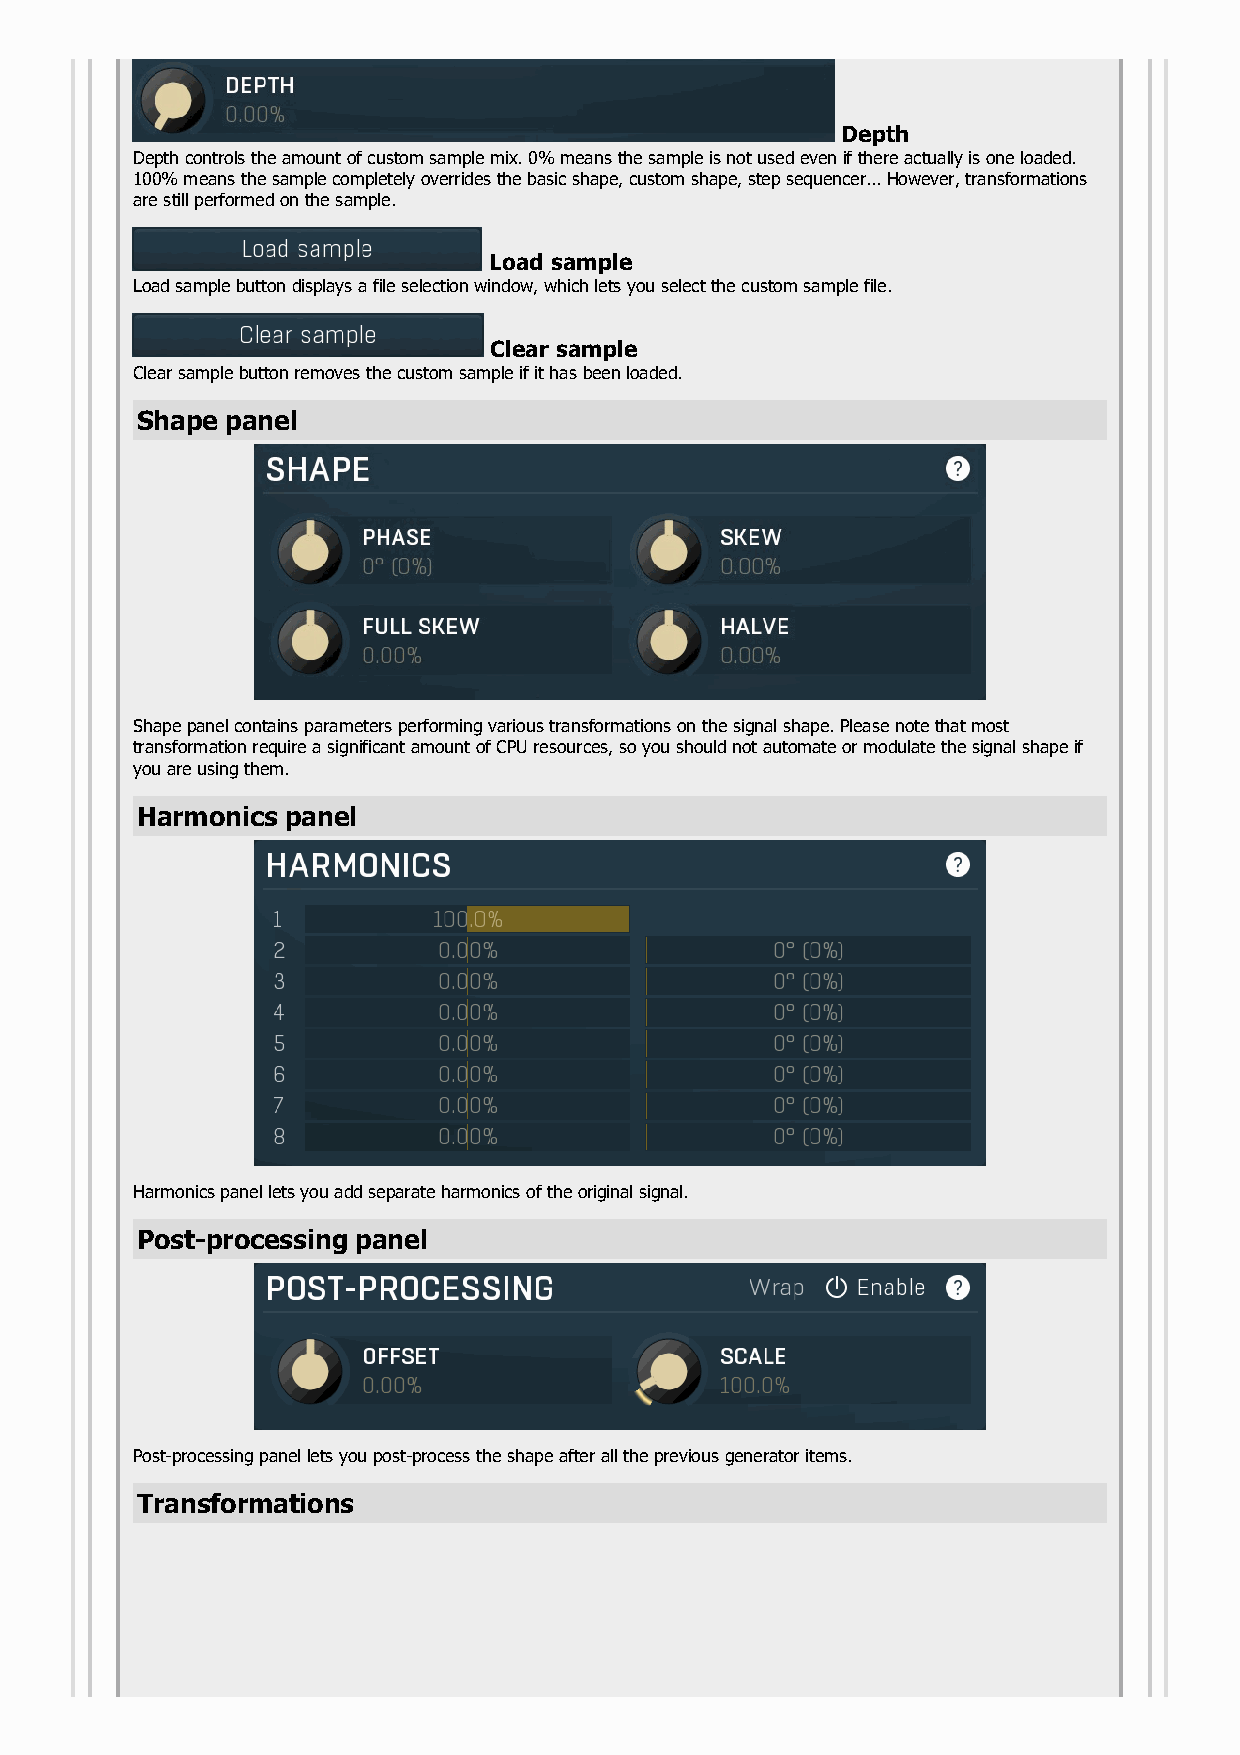
Depth
 Depth controls the amount of custom sample mix. 0% means the sample is not used even if there actually is one loaded.
 100% means the sample completely overrides the basic shape, custom shape, step sequencer... However, transformations
 are still performed on the sample.
 Load sample
 Load sample button displays a file selection window, which lets you select the custom sample file.
 Clear sample
 Clear sample button removes the custom sample if it has been loaded.
 Shape panel
 Shape panel contains parameters performing various transformations on the signal shape. Please note that most
 transformation require a significant amount of CPU resources, so you should not automate or modulate the signal shape if
 you are using them.
 Harmonics panel
 Harmonics panel lets you add separate harmonics of the original signal.
 Post-processing panel
 Post-processing panel lets you post-process the shape after all the previous generator items.
 Transformations